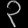
Digit: ၃